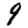
Digit: 9